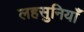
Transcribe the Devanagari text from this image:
लहसुनियाँ